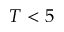
T < 5